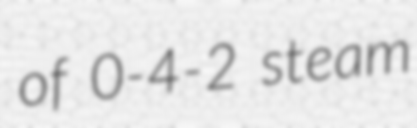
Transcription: of 0-4-2 steam